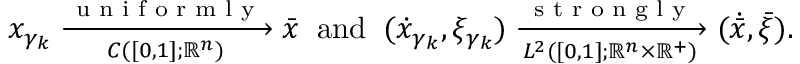
{ x } _ { \gamma _ { k } } \xrightarrow [ { C ( [ 0 , 1 ] ; \mathbb { R } ^ { n } ) } ] { \textnormal { u n i f o r m l y } } { \bar { x } } \; \; \mathrm { a n d } \; \; ( \dot { x } _ { \gamma _ { k } } , \xi _ { \gamma _ { k } } ) \xrightarrow [ { L ^ { 2 } ( [ 0 , 1 ] ; \mathbb { R } ^ { n } \times \mathbb { R } ^ { + } ) } ] { \textnormal { s t r o n g l y } } ( \dot { \bar { x } } , \bar { \xi } ) .